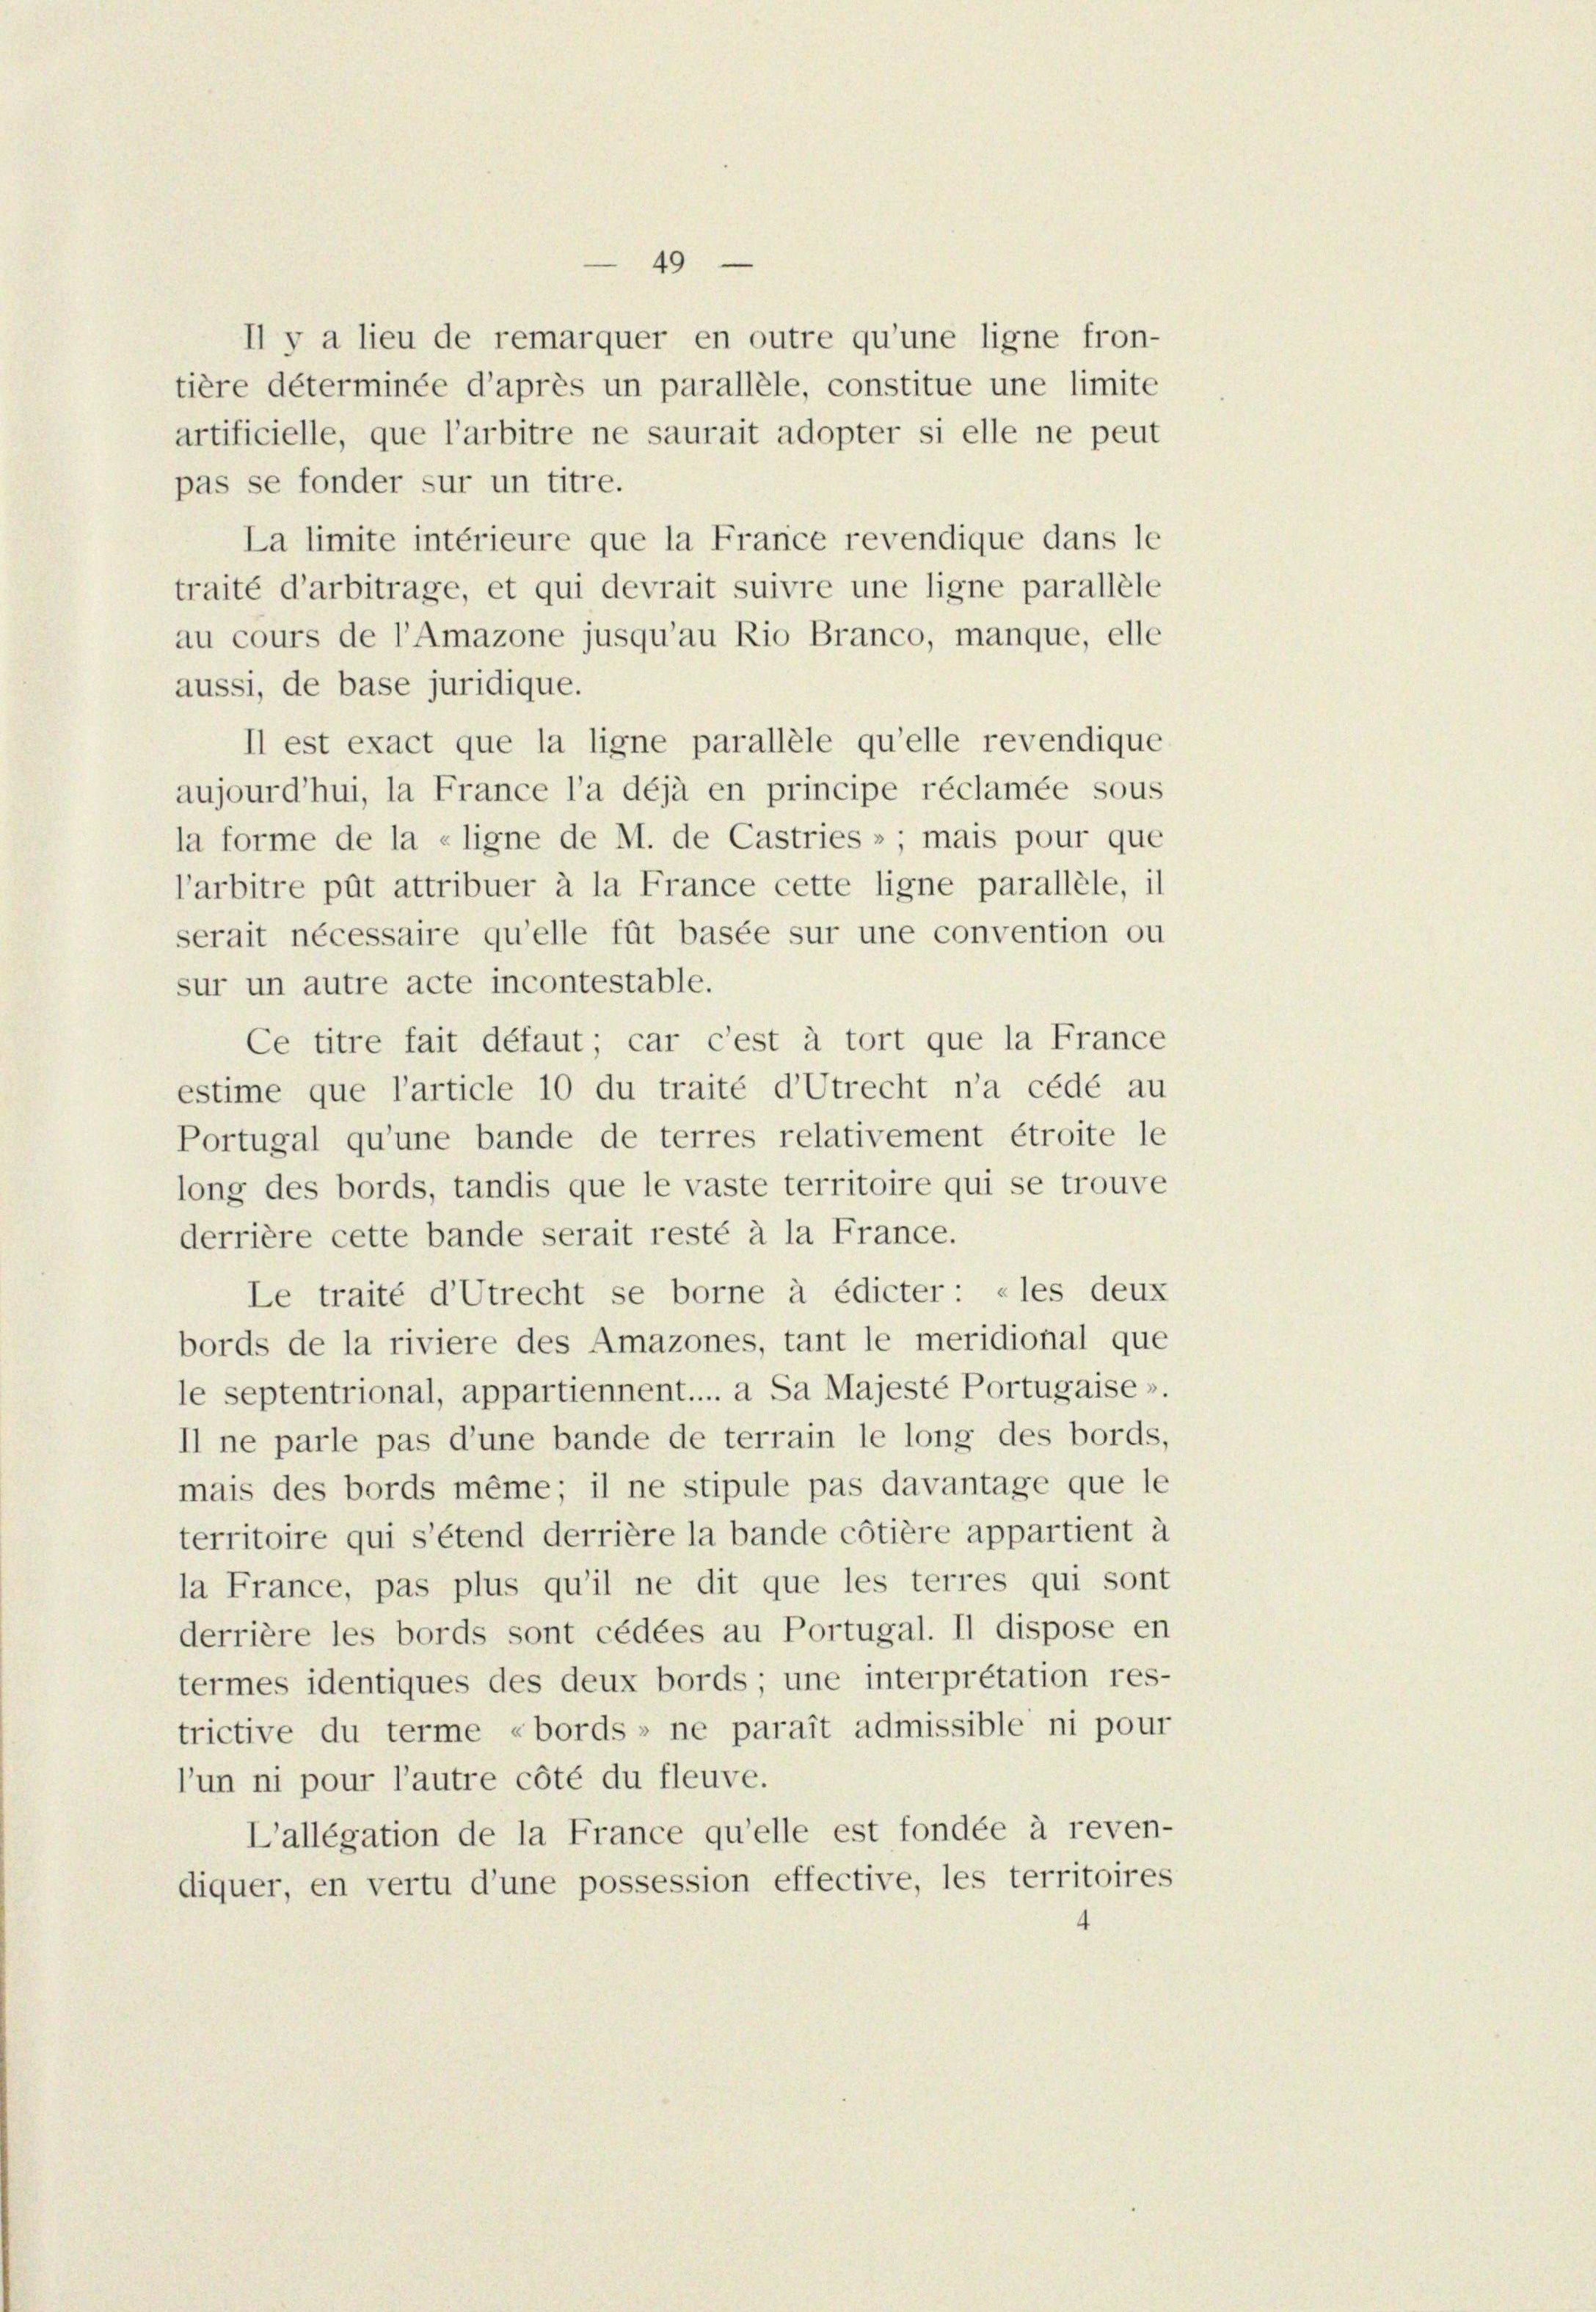
pas se fonder sur un titre.
aussi, de base juridique.
Il est exact que la ligne parallele qu’elle revendique
aujourd’hui, la France l’a déjà en principe réclamée sous
la forme de la «ligne de M. de Castries »; mais pour que
l’arbitre pût attribuer à la France cette ligne parallele, il
serait nécessaire qu’elle füt basée sur une convention ou
sur un autre acte incontestable.
Ce titre fait défaut; car c’est à tort que la France
estime que l’article 10 du traité d’Utrecht n’a cédé au
Portugal qu’une bande de terres relativement étroite le
long des bords, tandis que le vaste territoire qui se trouve
derrière cette bande serait resté à la France.
Le traité d’Utrecht se borne à édicter: «les deux
bords de la riviere des Amazones, tant le meridional que
le septentrional, appartiennent... a Sa Majesté Portugaise ».
Il ne parle pas d’une bande de terrain le long des bords,
mais des bords même; il ne stipule pas davantage que le
territoire qui s’étend derrière la bande côtière appartient à
la France, pas plus qu’il ne dit que les terres qui sont
derrière les bords sont cédées au Portugal. Il dispose en
termes identiques des deux bords; une interpretation res-
trictive du terme «bords» ne parait admissible ni pour
l’un ni pour l’autre côté du fleuve.
L’allégation de la France qu’elle est fondée à reven-
diquer, en vertu d’une possession effective, les territoires

Il y a lieu de remarquer en outre qu’une ligne fron-
tière déterminée d’après un parallele, constitue une limite
artificielle, que l’arbitre ne saurait adopter si elle ne peut
La limite intérieure que la Franice revendique dans le
traité d’arbitrage, et qui devrait suivre une ligne parallele
au cours de l’Amazone jusqu’au Rio Branco, manque, elle

49